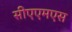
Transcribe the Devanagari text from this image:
सीएएमएस